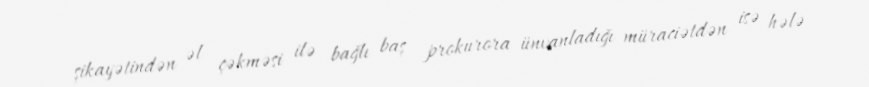
şikayətindən əl çəkməsi ilə bağlı baş prokurora ünvanladığı müraciətdən isə hələ